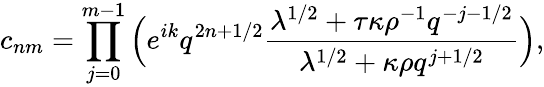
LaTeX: c_{nm}=\prod_{j=0}^{m-1}\Big(e^{ik}q^{2n+1/2}\frac{\lambda^{1/2}+\tau\kappa\rho^{-1}q^{-j-1/2}}{\lambda^{1/2}+\kappa\rho q^{j+1/2}}\Big),